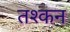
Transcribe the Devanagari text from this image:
तश्कन